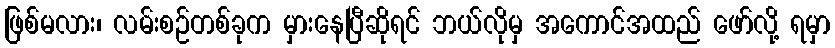
ဖြစ်မလား၊ လမ်းစဉ်တစ်ခုက မှားနေပြီဆိုရင် ဘယ်လိုမှ အကောင်အထည် ဖော်လို့ ရမှာ